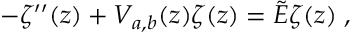
- \zeta ^ { \prime \prime } ( z ) + V _ { a , b } ( z ) \zeta ( z ) = \tilde { E } \zeta ( z ) \; ,